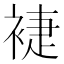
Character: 𧚨